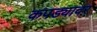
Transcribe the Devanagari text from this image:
कपड्यावर